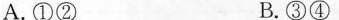
A. ①② B. ③④